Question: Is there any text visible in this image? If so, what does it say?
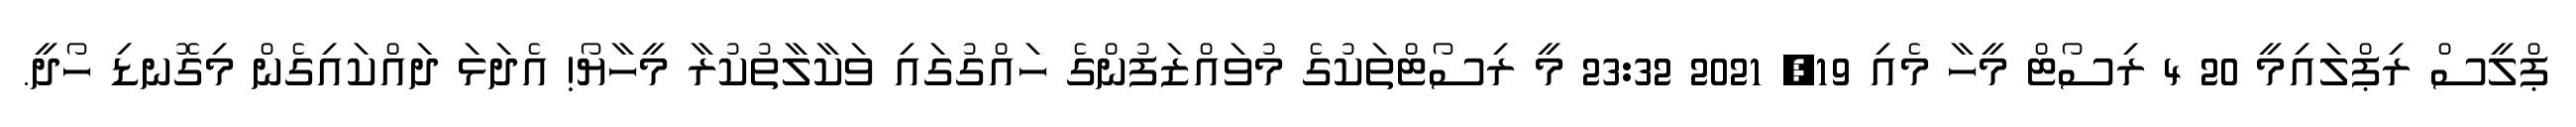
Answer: ޕްލީސް ރިޕްލައިމީ 20 4 ރިސޯޓް މީހާ މެއި 19, 2021 23:32 މީ ރިސޯޓްތަކުގެ މުވައްޒަފުންގެ ހައްގުގައި ވަކާލާތުކުރާ މީހާޔޯ! އެދަޅަ ދައްކައިގެން މިގޮނޑި ހޯދީ.